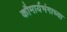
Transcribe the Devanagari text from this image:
कौमार्यभंगाच्या